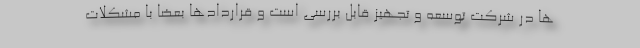
ها در شرکت توسعه و تجهیز قابل بررسی است و قراردادها بعضا با مشکلات